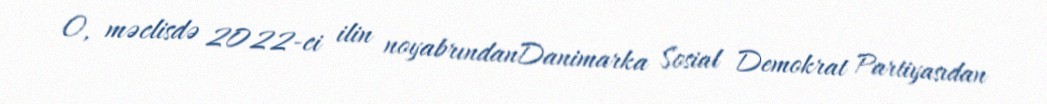
O, məclisdə 2022-ci ilin noyabrındanDanimarka Sosial Demokrat Partiyasıdan